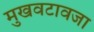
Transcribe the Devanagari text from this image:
मुखवटावजा